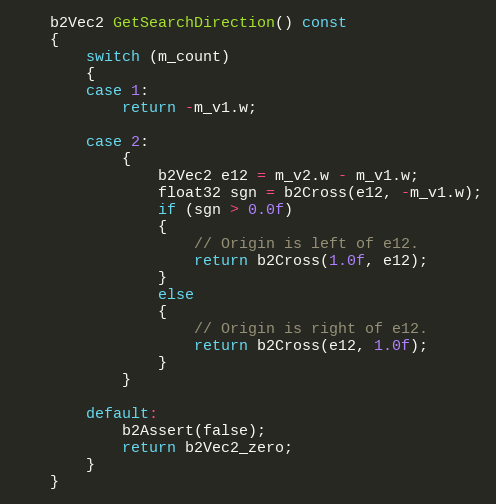
Language: C++
	b2Vec2 GetSearchDirection() const
	{
		switch (m_count)
		{
		case 1:
			return -m_v1.w;

		case 2:
			{
				b2Vec2 e12 = m_v2.w - m_v1.w;
				float32 sgn = b2Cross(e12, -m_v1.w);
				if (sgn > 0.0f)
				{
					// Origin is left of e12.
					return b2Cross(1.0f, e12);
				}
				else
				{
					// Origin is right of e12.
					return b2Cross(e12, 1.0f);
				}
			}

		default:
			b2Assert(false);
			return b2Vec2_zero;
		}
	}